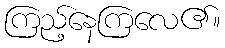
ကြည့်နေကြလေ၏။